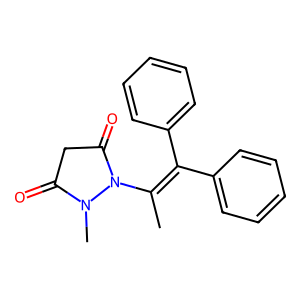
SMILES: CC(=C(c1ccccc1)c1ccccc1)N1C(=O)CC(=O)N1C
Inhibits HIV replication: No